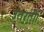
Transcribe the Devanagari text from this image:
उतरतीं।